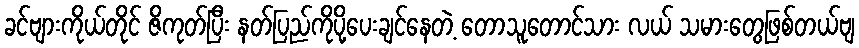
ခင်ဗျားကိုယ်တိုင် ဇိကုတ်ပြီး နတ်ပြည်ကိုပို့ပေးချင်နေတဲ့ တောသူတောင်သား လယ် သမားတွေဖြစ်တယ်ဗျ